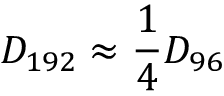
D _ { 1 9 2 } \approx { \frac { 1 } { 4 } } D _ { 9 6 }